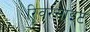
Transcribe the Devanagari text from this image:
रिवरसाइट